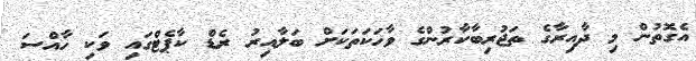
އެގޮތުން މި ދާއިރާގެ ތަޖުރިބާކާރުންގެ ވާހަކަތަކަށް ބަލާއިރު ރެޑް ކާޕެޓްގައި ވަކި ހާއްސަ